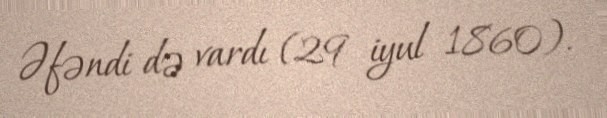
Əfəndi də vardı (29 iyul 1860).